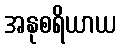
အနုစရိယာယ